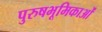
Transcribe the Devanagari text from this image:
पुरुषभूमिकाओं